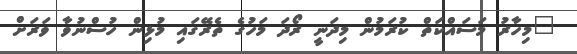
"މިހާރު މަސައްކަތް ކުރަމުން މިދަނީ ރޯދަ މަހުގެ ތެރޭގައި މުޅިން ހުސްނުވާ ވަރަށް